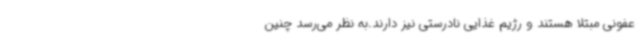
عفونی مبتلا هستند و رژیم غذایی نادرستی نیز دارند.به نظر می‌رسد چنین